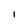
Character: l